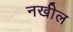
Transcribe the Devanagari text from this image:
नखील